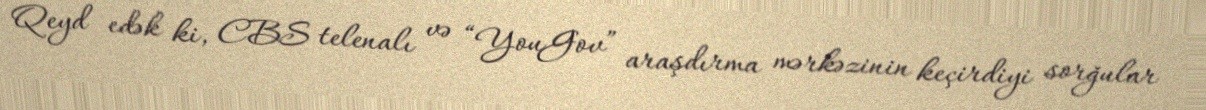
Qeyd edək ki, CBS telenalı və “YouGov” araşdırma mərkəzinin keçirdiyi sorğular